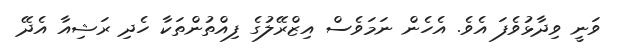
ވަނީ ވިދާޅުވެފަ އެވެ. އެހެން ނަމަވެސް އިޒްރޭލުގެ ފިއްތުންތަކާ ހެދި ރަޝިއާ އެދޭ